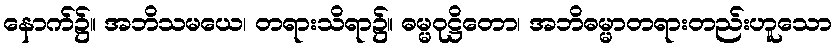
နောက်၌။ အဘိသမယေ၊ တရားသိရာ၌။ ဓမ္မဝုဋ္ဌိတော၊ အဘိဓမ္မာတရားတည်းဟူသော